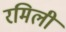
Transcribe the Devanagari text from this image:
रमिली